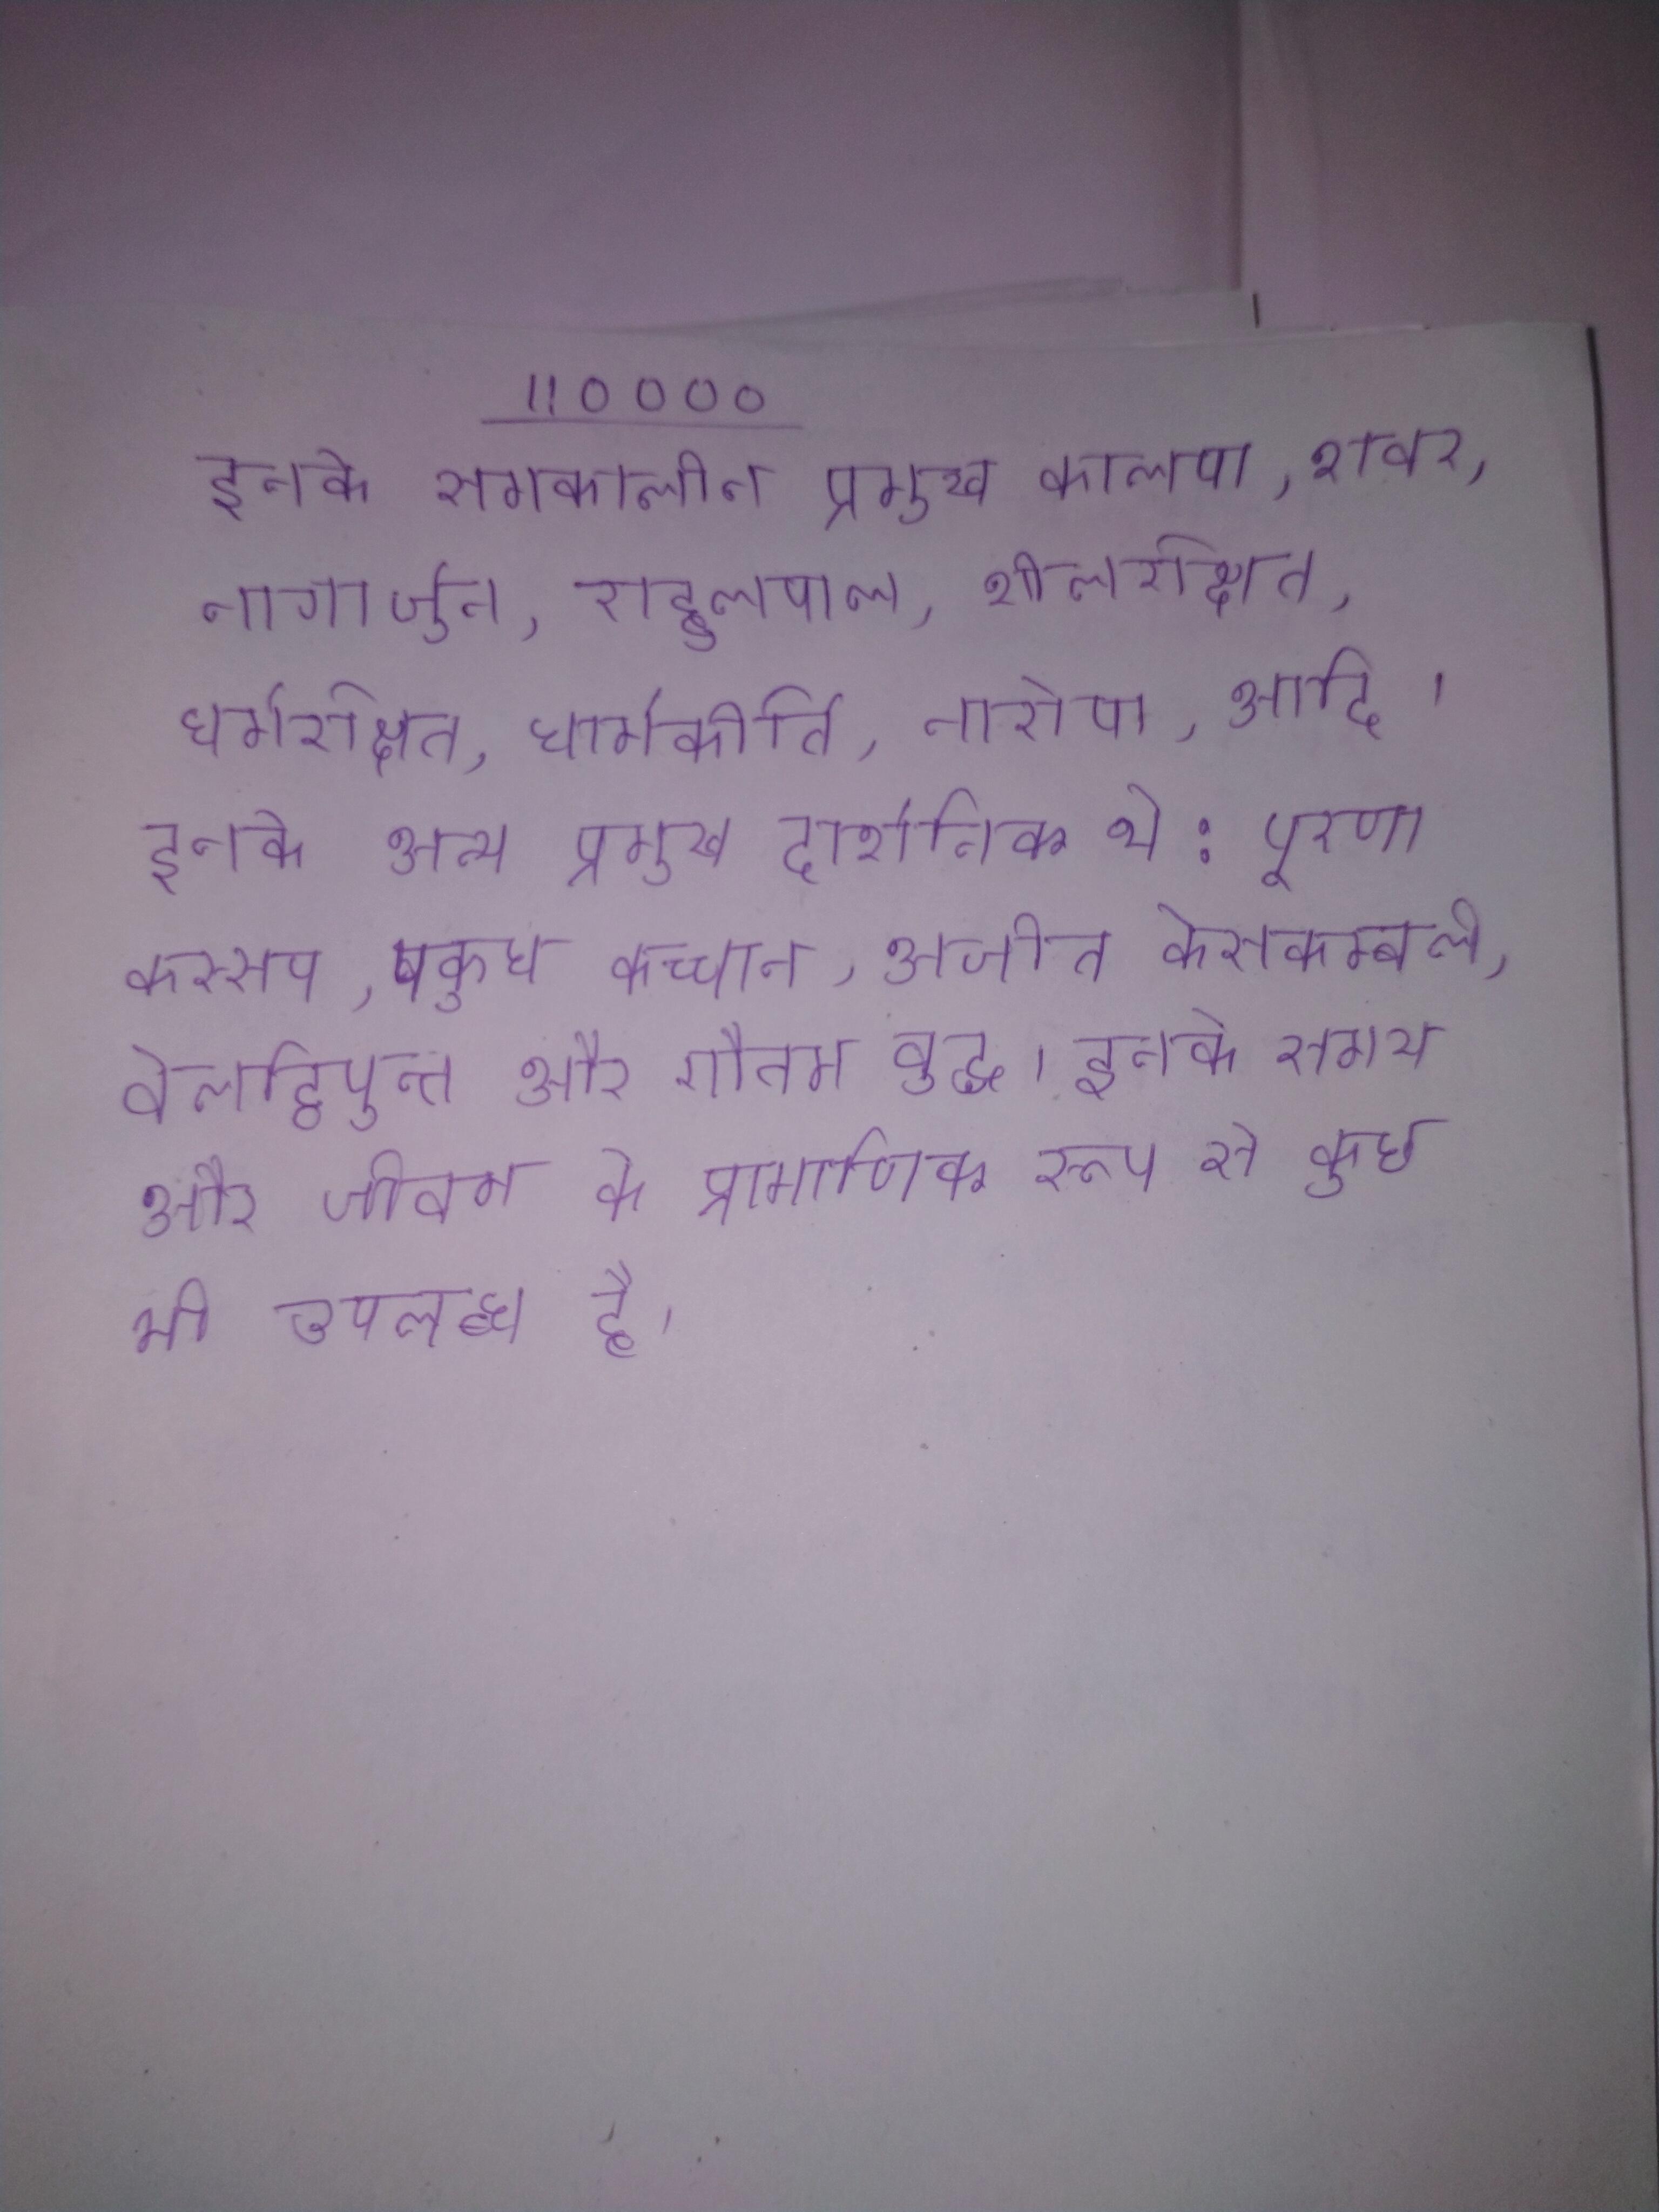
इनके समकालीन प्रमुख कालपा, शवर, नागार्जुन, राहुलपाल, शीलरक्षित, धर्मरक्षित, धर्मकीर्ति, नारोपा, आदि । इनके अन्य प्रमुख दार्शनिक थे: पूरण कस्सप, पकुध कच्चान, अजीत केसकम्बली, वेलट्ठिपुत्त और गौतम बुद्ध । इनके समय और जीवन के प्रामाणिक रूप से कुछ भी उपलब्ध है ।